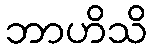
ဘာဟိသိ